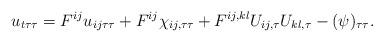
LaTeX: \begin{align*}u_{t\tau\tau} = F^{ij} u_{ij\tau\tau} + F^{ij} \chi_{ij,\tau\tau} + F^{ij,kl} U_{ij,\tau} U_{kl,\tau} - (\psi)_{\tau\tau}.\end{align*}